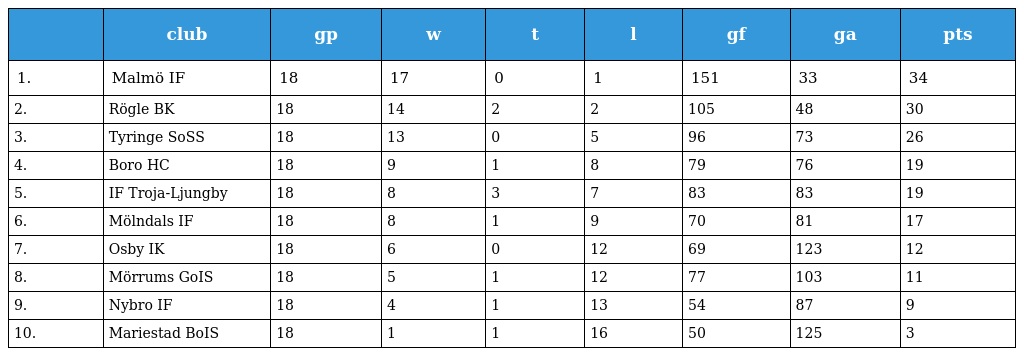
|  | club | gp | w | t | l | gf | ga | pts |
 | --- | --- | --- | --- | --- | --- | --- | --- | --- |
 | 1. | Malmö IF | 18 | 17 | 0 | 1 | 151 | 33 | 34 |
 | 2. | Rögle BK | 18 | 14 | 2 | 2 | 105 | 48 | 30 |
 | 3. | Tyringe SoSS | 18 | 13 | 0 | 5 | 96 | 73 | 26 |
 | 4. | Boro HC | 18 | 9 | 1 | 8 | 79 | 76 | 19 |
 | 5. | IF Troja-Ljungby | 18 | 8 | 3 | 7 | 83 | 83 | 19 |
 | 6. | Mölndals IF | 18 | 8 | 1 | 9 | 70 | 81 | 17 |
 | 7. | Osby IK | 18 | 6 | 0 | 12 | 69 | 123 | 12 |
 | 8. | Mörrums GoIS | 18 | 5 | 1 | 12 | 77 | 103 | 11 |
 | 9. | Nybro IF | 18 | 4 | 1 | 13 | 54 | 87 | 9 |
 | 10. | Mariestad BoIS | 18 | 1 | 1 | 16 | 50 | 125 | 3 |